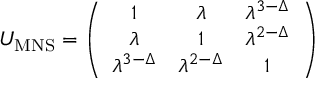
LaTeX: U _ { \mathrm { M N S } } = \left( \begin{array} { c c c } { { 1 } } & { { \lambda } } & { { \lambda ^ { 3 - \Delta } } } \\ { { \lambda } } & { { 1 } } & { { \lambda ^ { 2 - \Delta } } } \\ { { \lambda ^ { 3 - \Delta } } } & { { \lambda ^ { 2 - \Delta } } } & { { 1 } } \end{array} \right)